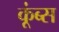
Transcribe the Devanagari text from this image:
कूंब्स